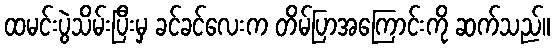
ထမင်းပွဲသိမ်းပြီးမှ ခင်ခင်လေးက တိမ်ပြာအကြောင်းကို ဆက်သည်။